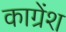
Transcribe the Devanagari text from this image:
काग्रेंश